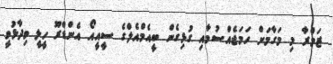
ޒަމްރާ މި މަގާމަށް ހަމަޖެއްސުމާއި ގުޅިގެން ބީއެމްއެލްގެ ސީއީއޯ އެންޑްރޫ ހީލީ ވިދާޅުވީ